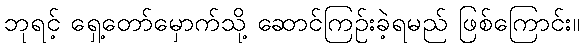
ဘုရင့် ရှေ့တော်မှောက်သို့ ဆောင်ကြဉ်းခဲ့ရမည် ဖြစ်ကြောင်း။